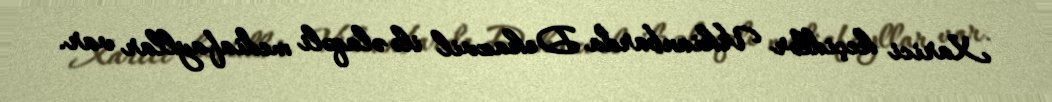
Xarici keçidlər Vikianbarda Dekazvil ilə əlaqəli mediafayllar var.